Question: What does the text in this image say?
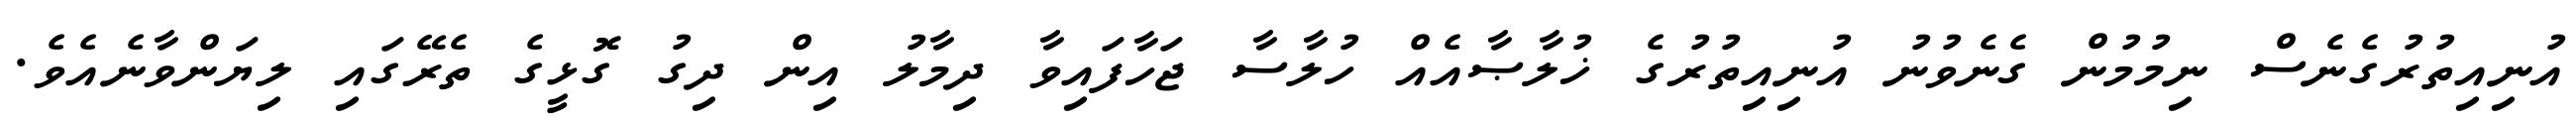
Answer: އުނިއިތުރުގެނެސް ނިމުމުން ގެނެވުނު އުނިއިތުރުގެ ޚުލާޞާއެއް ހުލާސާ ޖަހާފައިވާ ދިމާލު އިން ދިގު ގޮޅީގެ ތެރޭގައި ލިޔަންވާނެއެވެ.